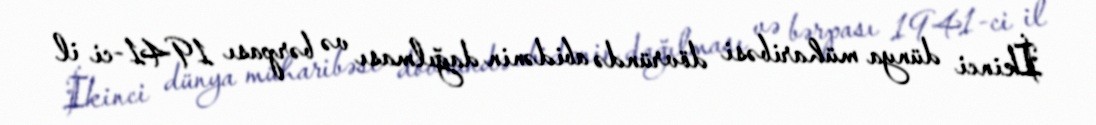
İkinci dünya müharibəsi dövründə abidənin dağılması və bərpası 1941-ci il